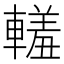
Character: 䡭